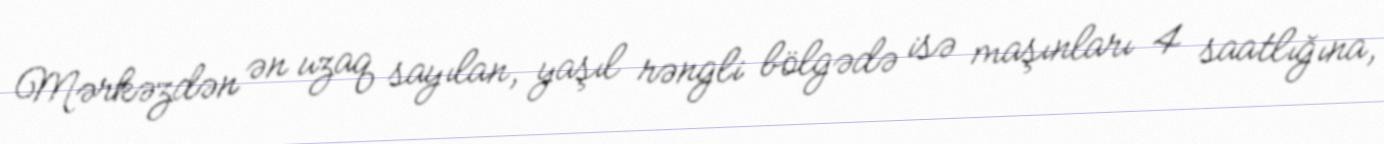
Mərkəzdən ən uzaq sayılan, yaşıl rəngli bölgədə isə maşınları 4 saatlığına,